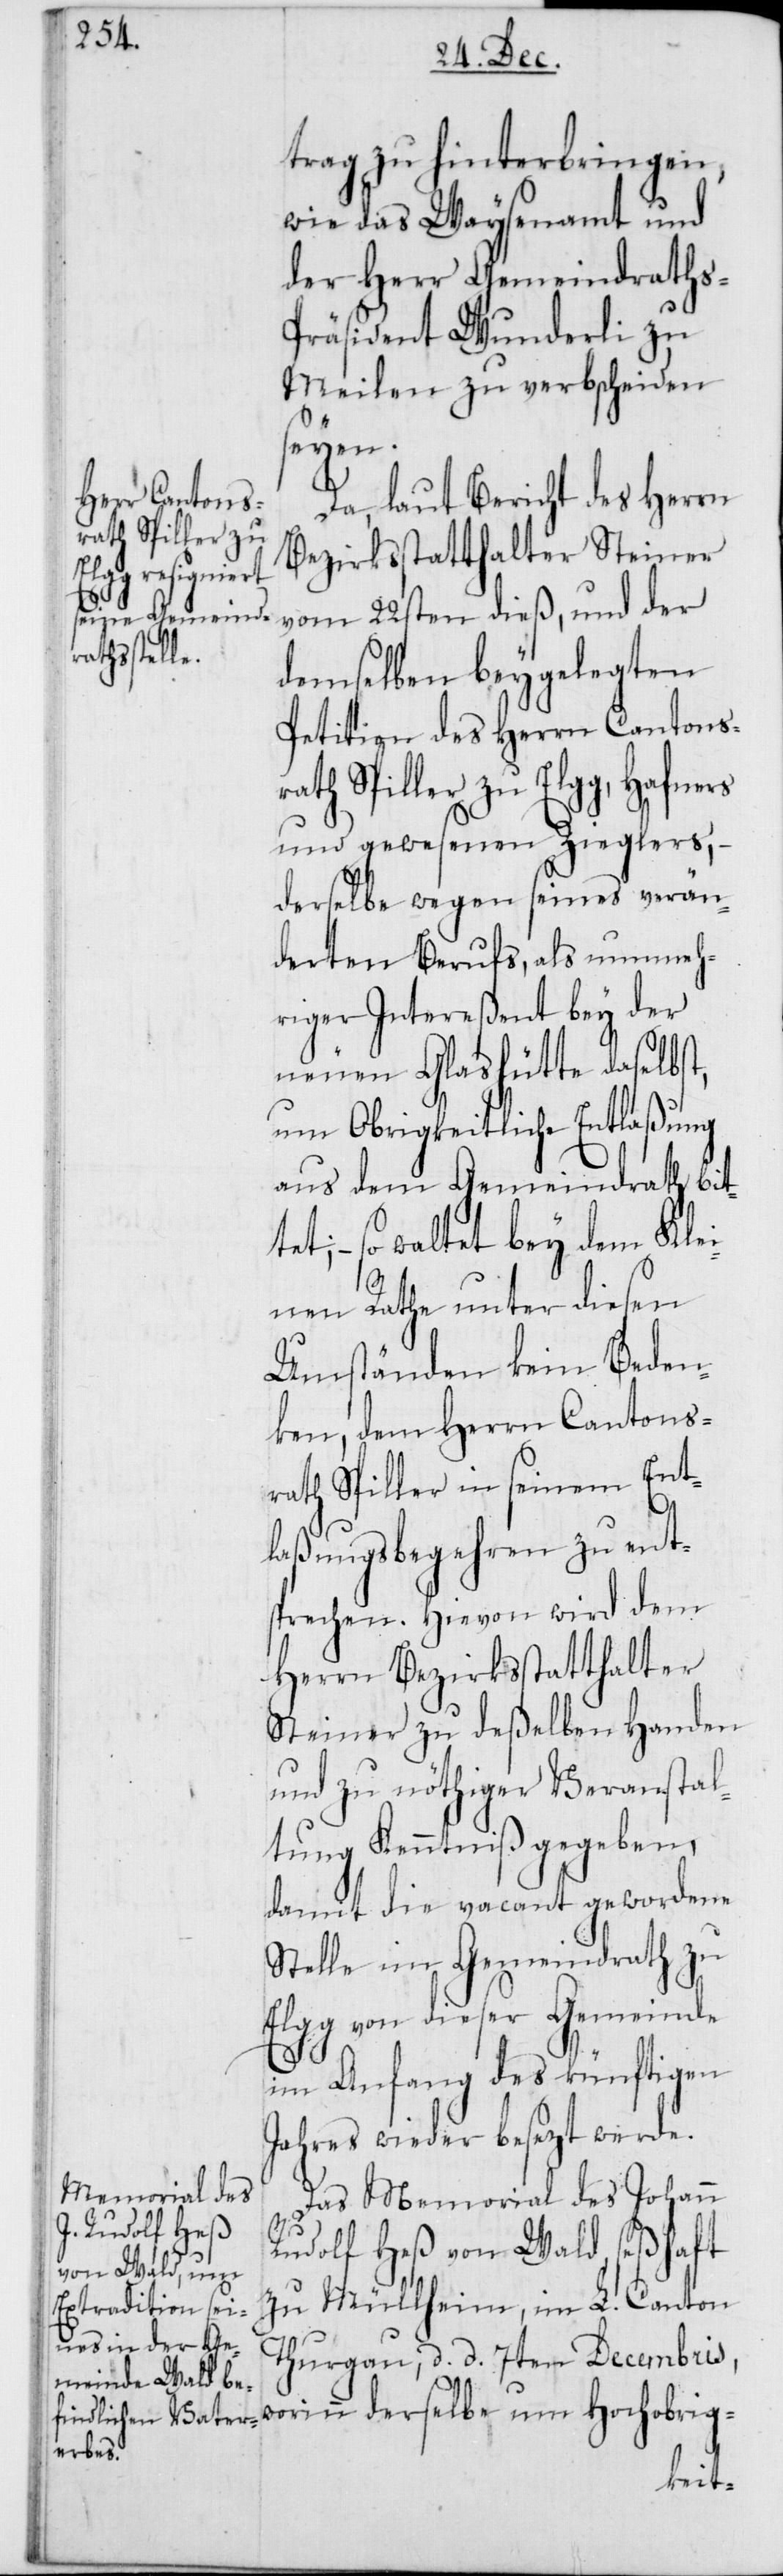
trag zu hinterbringen,
wie das Waysenamt und
der Herr Gemeindraths-P¬
räsident Wunderli zu
Meilen zu verbscheiden
seyen.
Da, laut Bericht des Herrn
Bezirksstatthalter Steiner
vom 22sten dieß, und der
demselben beygelegten
Petition des Herrn Cantons¬
rath Spiller zu Elgg, Hafners
und gewesenen Zieglers, –
derselbe wegen seines verän¬
dereten Berufs, als nunmeh¬
riger Intereßent bey der
neuen Glashütte daselbst,
um Obrigkeitliche Entlaßung
aus dem Gemeindrath bit¬
tet; – so waltet bey dem Kle¬
inen Rathe unter diesen
Umständen kein Beden¬
ken, dem Herrn Cantons¬
rath Spiller in seinem Ent¬
laßungsbegehren zu ents¬
prechen. Hievon wird dem
Herrn Bezirksstatthalter
Steiner zu deßelben Handen
und zu nöthiger Veranstal¬
tung Kenntniß gegeben,
damit die vacant gewordene
Stelle im Gemeindrath zu
Elgg von dieser Gemeinde
im Anfang des künftigen
Jahres wieder besezt werde.
Das Memorial des Johann
Rudolf Heß von Wald, seßhaft
zu Müllheim im L. Canton
Thurgau, d. d. 7ten Decembris,
worinn derselbe um Hochobrig-